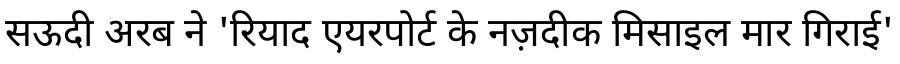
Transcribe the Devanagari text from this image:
सऊदी अरब ने 'रियाद एयरपोर्ट के नज़दीक मिसाइल मार गिराई'